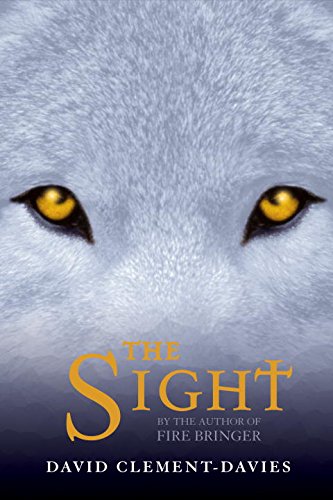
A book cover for The Sight; David Clement-Davies; Children's Books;